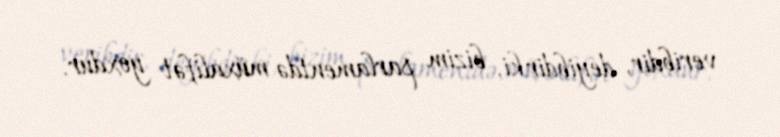
veribdir, deyibdir ki, bizim parlamentdə müxalifət yoxdur.